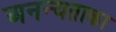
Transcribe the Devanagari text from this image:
अनन्यताका